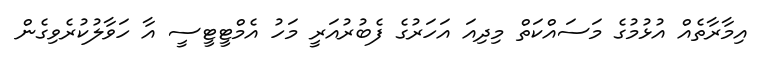
އިމާރާތެއް އުޅުމުގެ މަސައްކަތް މިދިއަ އަހަރުގެ ފެބުރުއަރީ މަހު އެމްޓީޓީސީ އާ ހަވާލުކުރެވިގެން